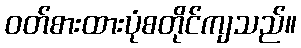
ဝတ်စားထားပုံစတိုင်ကျသည်။